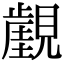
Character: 𧢏